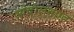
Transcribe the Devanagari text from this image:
आंदोलनाात